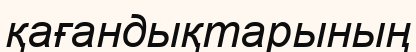
қағандықтарының